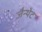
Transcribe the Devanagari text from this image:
जैन्थेट